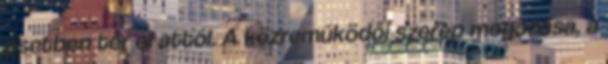
esetben tér el attól. A közreműködői szerep megadása, a